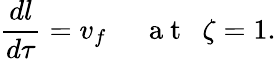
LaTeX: \frac{dl}{d\tau}=v_{f}~~~~~\mathrm{~a~t~}~~\zeta=1.